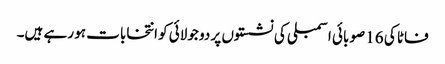
فاٹا کی 16 صوبائی اسمبلی کی نشستوں پر دو جولائی کو انتخابات ہو رہے ہیں۔